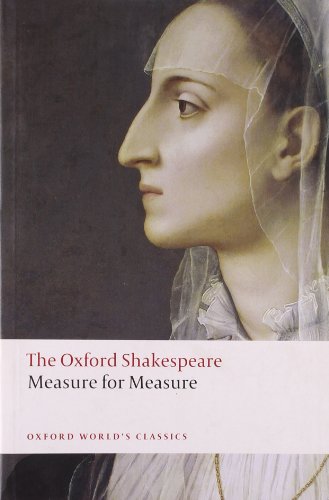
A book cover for Measure for Measure: The Oxford Shakespeare Measure for Measure (Oxford World's Classics); William Shakespeare; Literature & Fiction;